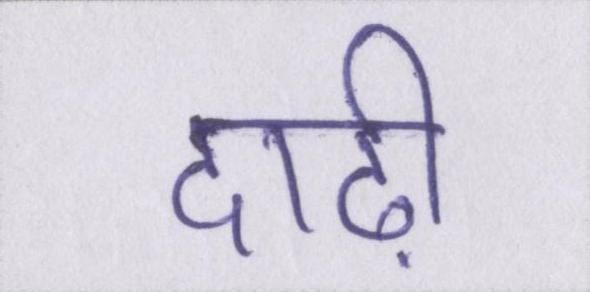
दाढ़ी